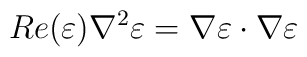
Re(\varepsilon ) \nabla ^2 \varepsilon =  \nabla \varepsilon \cdot\nabla \varepsilon